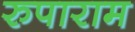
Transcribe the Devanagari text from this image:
रुपाराम